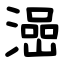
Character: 澏